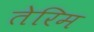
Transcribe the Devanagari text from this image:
तेरिम